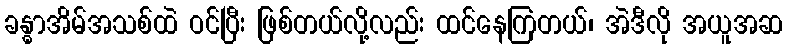
ခန္ဓာအိမ်အသစ်ထဲ ဝင်ပြီး ဖြစ်တယ်လို့လည်း ထင်နေကြတယ်၊ အဲဒီလို အယူအဆ